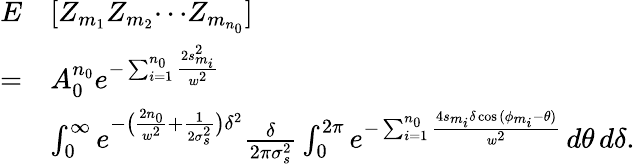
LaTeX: \begin{array}{rl}{E}&{[Z_{m_{1}}Z_{m_{2}}{\cdots}Z_{m_{n_{0}}}]}\\ {=}&{A_{0}^{n_{0}}e^{-\sum_{i=1}^{n_{0}}\frac{{2s}_{m_{i}}^{2}}{w^{2}}}}\\ &{\int_{0}^{\infty}e^{-\big(\frac{2n_{0}}{w^{2}}+\frac{1}{2\sigma_{s}^{2}}\big)\delta^{2}}\frac{\delta}{2\pi\sigma_{s}^{2}}\int_{0}^{2\pi}e^{-\sum_{i=1}^{n_{0}}\frac{4s_{m_{i}}\delta\cos{(\phi_{m_{i}}-\theta)}}{w^{2}}}\, d\theta\, d\delta.}\end{array}